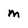
Character: m